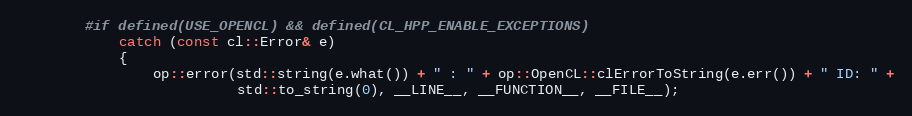
Language: C++
        #if defined(USE_OPENCL) && defined(CL_HPP_ENABLE_EXCEPTIONS)
            catch (const cl::Error& e)
            {
                op::error(std::string(e.what()) + " : " + op::OpenCL::clErrorToString(e.err()) + " ID: " +
                          std::to_string(0), __LINE__, __FUNCTION__, __FILE__);